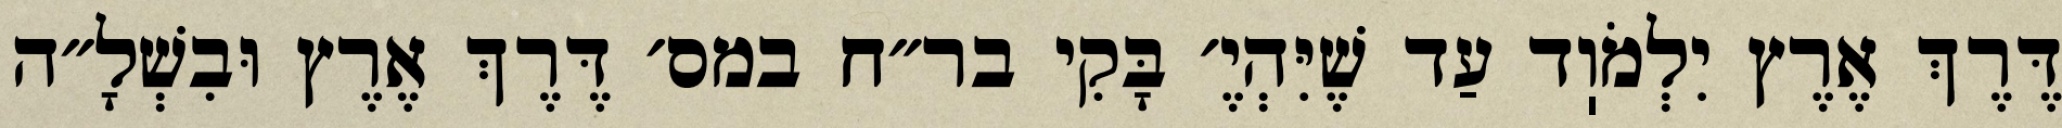
דֶּרֶךְ אֶרֶץ יִלְמֹוֽד עַד שֶׁיִּהְיֶ׳ בָּקִי בר״ח במס׳ דֶּרֶךְ אֶרֶץ וּבִשְׁלָ״ה